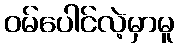
ဝမ်ပေါင်လဲ့မှာမူ